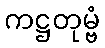
ကဋ္ဌတုမ္ဗံ